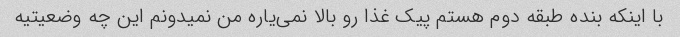
با اینکه بنده طبقه دوم هستم پیک غذا رو بالا نمی‌یاره من نمیدونم این چه وضعیتیه